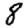
Digit: 8